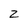
Character: z